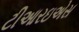
ટીઆરઇએસ